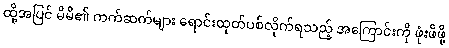
ထို့အပြင် မိမိ၏ ကက်ဆက်များ ရောင်းထုတ်ပစ်လိုက်ရသည့် အကြောင်းကို ဖုံးဖိဖို့